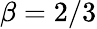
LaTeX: \beta=2/3